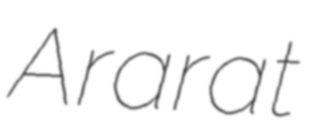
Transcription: Ararat